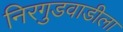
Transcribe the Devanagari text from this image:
निरगुडवाडीला